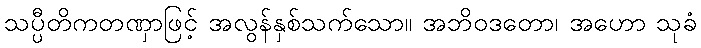
သပ္ပီတိကတဏှာဖြင့် အလွန်နှစ်သက်သော။ အဘိဝဒတော၊ အဟော သုခံ